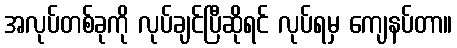
အလုပ်တစ်ခုကို လုပ်ချင်ပြီဆိုရင် လုပ်ရမှ ကျေနပ်တာ။